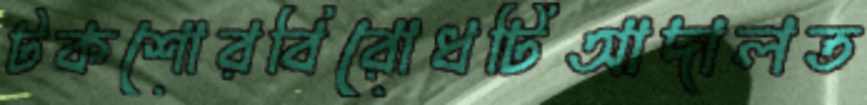
টকশোরবিরোধটিআদালত